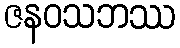
ဇနဝသဘဿ